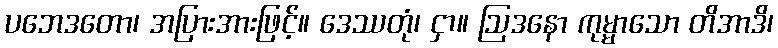
ပဘေဒတော၊ အပြားအားဖြင့်။ ဒေဿတုံ၊ ငှာ။ ဩဒနော ကုမ္မာသော တိအာဒိ၊